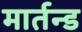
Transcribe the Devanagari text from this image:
मार्तन्ड